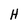
Character: H